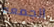
الجمعه